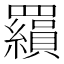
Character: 𮊟